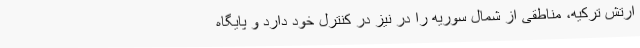
ارتش ترکیه، مناطقی از شمال سوریه را در نیز در کنترل خود دارد و پایگاه